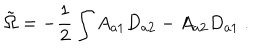
\tilde { \Omega } = - \frac { 1 } { 2 } \int A _ { a 1 } D _ { a 2 } - A _ { a 2 } D _ { a 1 } \ .